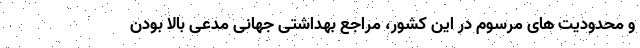
و محدودیت های مرسوم در این کشور، مراجع بهداشتی جهانی مدعی بالا بودن